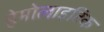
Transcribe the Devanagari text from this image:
हेमोलाइटिक